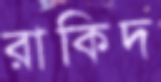
রাকিদ